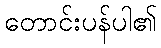
တောင်းပန်ပါ၏